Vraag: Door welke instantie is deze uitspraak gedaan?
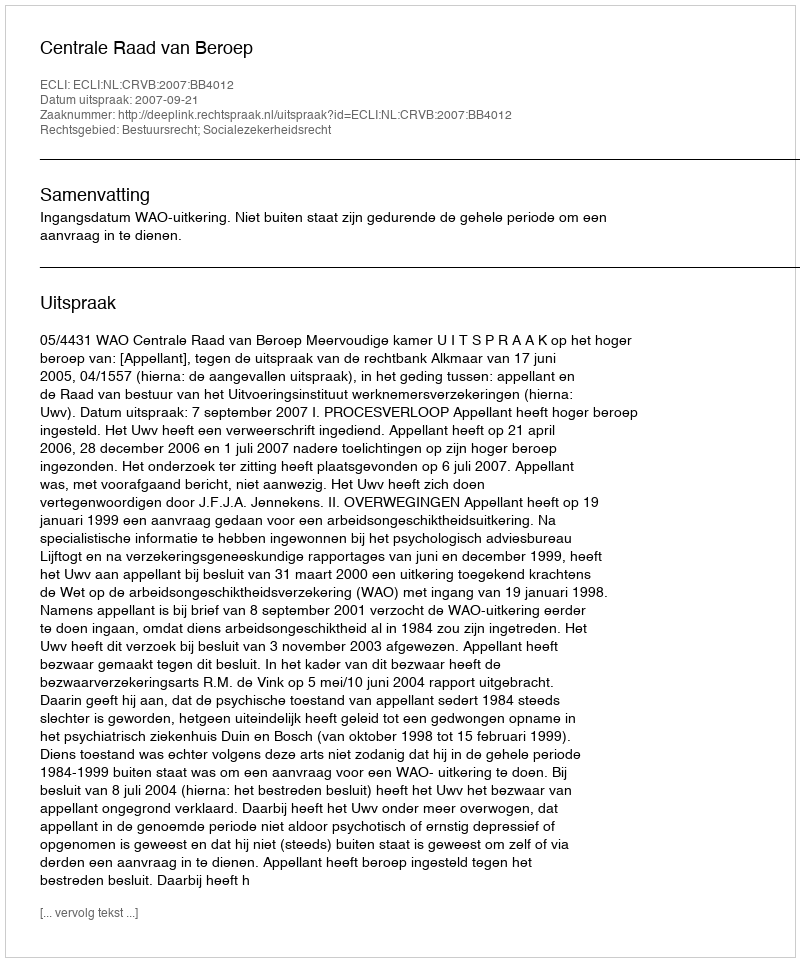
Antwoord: Centrale Raad van Beroep